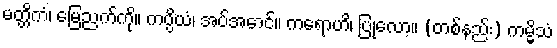
မတ္တိကံ၊ မြေညက်ကို။ ကပ္ပိယံ၊ အပ်အောင်။ ကရောဟိ၊ ပြုလော့။ (တစ်နည်း) ကမ္မိသံ